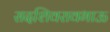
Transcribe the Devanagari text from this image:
सदशिवरावभाऊ